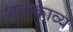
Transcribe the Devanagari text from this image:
शब्दकाव्य